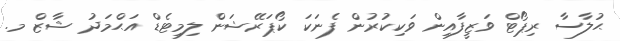
ޙުލާސާ ރިޕޯޓް ވަޒީފާއިން ވަކިކުރުން ފެނަކަ ކޯޕަރޭޝަން ލިމިޓެޑް އަޙްމަދު ޝާޒް މ.